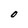
Character: O